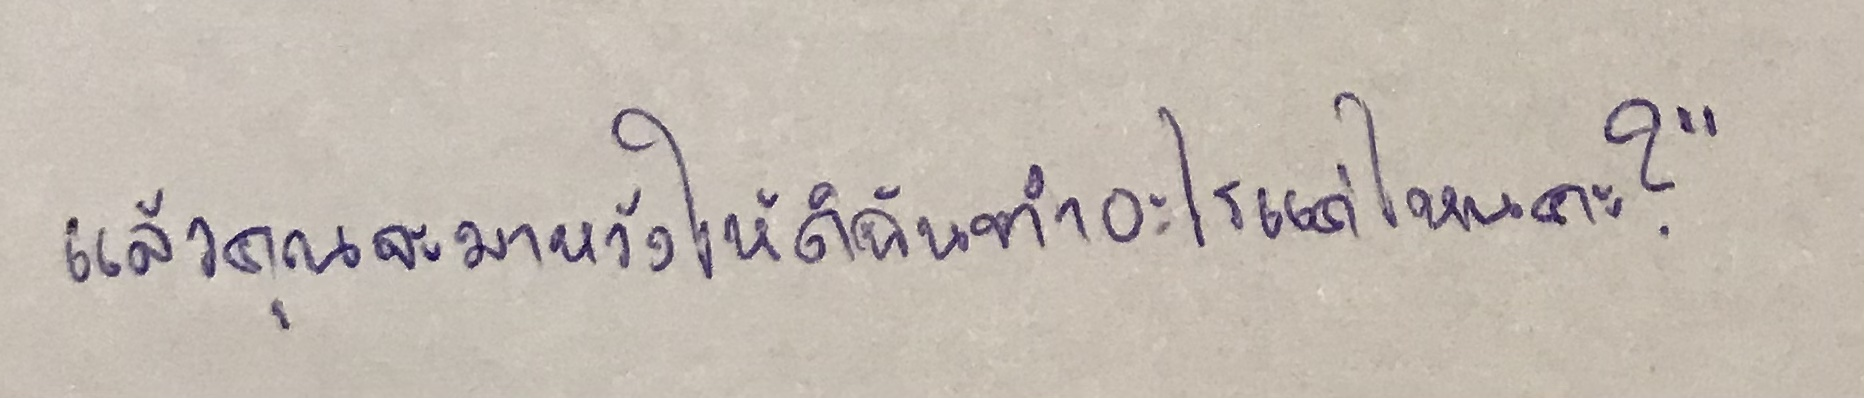
แล้วคุณจะมาหวังให้ดิฉันทำอะไรแค่ไหนคะ?"